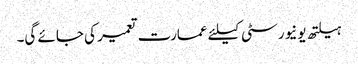
ہیلتھ یونیورسٹی کیلئے عمارت تعمیر کی جائے گی۔